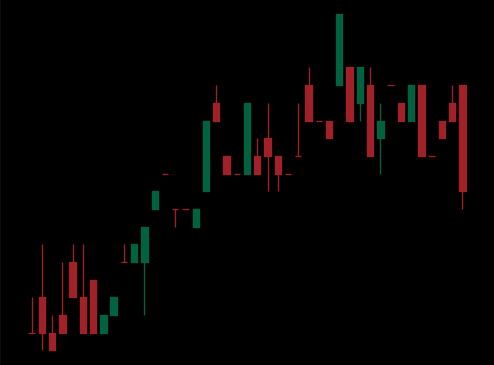
Pattern: bear_flag